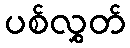
ပစ်လွှတ်